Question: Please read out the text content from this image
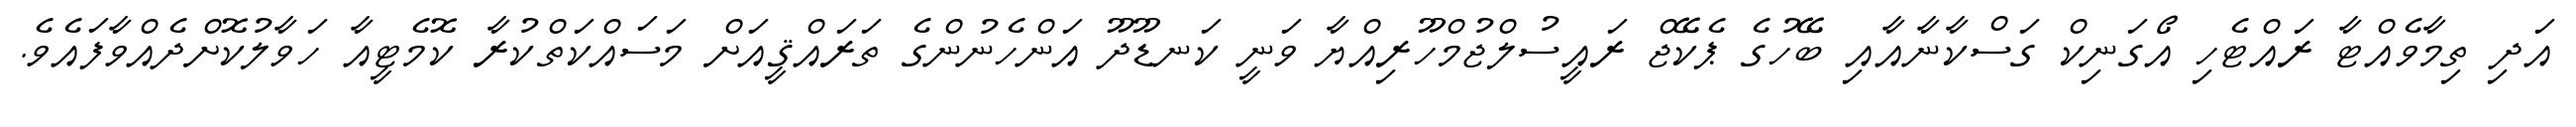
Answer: އަދި ތިމާވެއްޓާ ރައްޓެހި އޯގަނިކް ގަސްކާނާއާއި ބޭހުގެ ޕެކޭޖް ރައީސުލްޖުމްހޫރިއްޔާ ވަނީ ކަނޑޫދޫ އަންހެނުންގެ ތަރައްޤީއަށް މަސައްކަތްކުރާ ކޮމެޓީއާ ހަވާލުކޮށްދެއްވާފައެވެ.